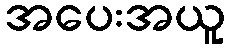
အပေးအယူ